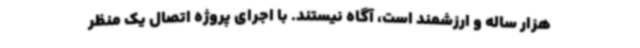
هزار ساله و ارزشمند است، آگاه نیستند. با اجرای پروژه اتصال یک منظر